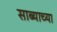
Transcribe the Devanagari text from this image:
साब्याच्या